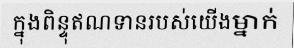
ក្នុងពិន្ទុឥណទានរបស់យើងម្នាក់